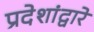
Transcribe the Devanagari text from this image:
प्रदेशांद्वारे